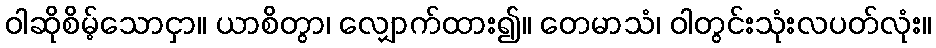
ဝါဆိုစိမ့်သောငှာ။ ယာစိတွာ၊ လျှောက်ထား၍။ တေမာသံ၊ ဝါတွင်းသုံးလပတ်လုံး။